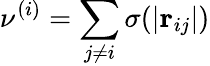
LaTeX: \nu^{(i)}=\sum_{j\neq i}\sigma(|\textbf{r}_{ij}|)